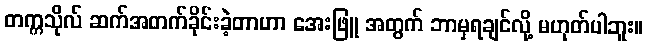
တက္ကသိုလ် ဆက်အတက်ခိုင်းခဲ့တာဟာ အေးဖြူ အတွက် ဘာမှရချင်လို့ မဟုတ်ပါဘူး။